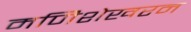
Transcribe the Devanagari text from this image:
मणिशेखरन